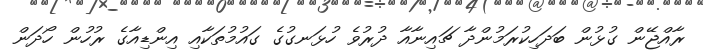
ރާއްޖޭން ގުޅުން ބަދަހިކުރަމުންދާ ޗައިނާއާ ދުރުވެ ހުޅަނގުގެ ގައުމުތަކާއި އިންޑިއާގެ ރުހުން ހޯދަން